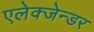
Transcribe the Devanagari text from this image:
एलेक्जेन्डर